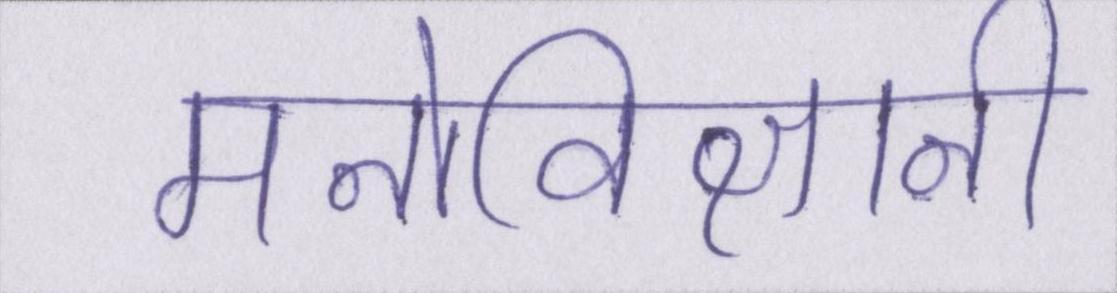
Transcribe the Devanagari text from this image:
मनोविज्ञानी